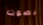
بصوت